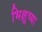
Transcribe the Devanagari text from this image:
भिक्षूच्या